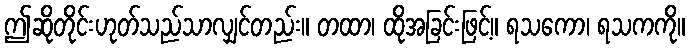
ဤဆိုတိုင်းဟုတ်သည်သာလျှင်တည်း။ တထာ၊ ထိုအခြင်းဖြင့်။ ရသကော၊ ရသကကို။